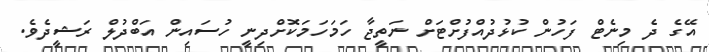
އޭގެ ދެ މިނެޓް ފަހުން ކުޅުދުއްފުށްޓަށް ނަތީޖާ ހަމަހަމަކޮށްދިނީ ހުސައިން އަބްދުލް ރަޝީދެވެ.